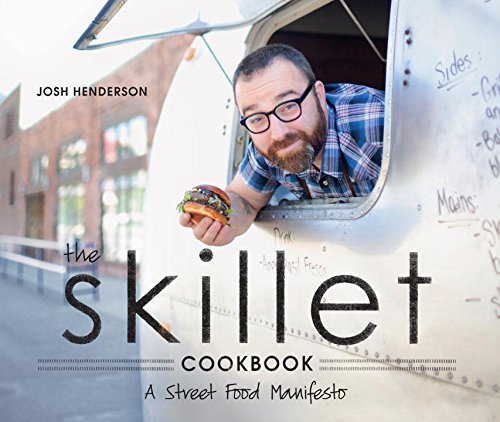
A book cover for The Skillet Cookbook: A Street Food Manifesto; Josh Henderson; Cookbooks, Food & Wine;